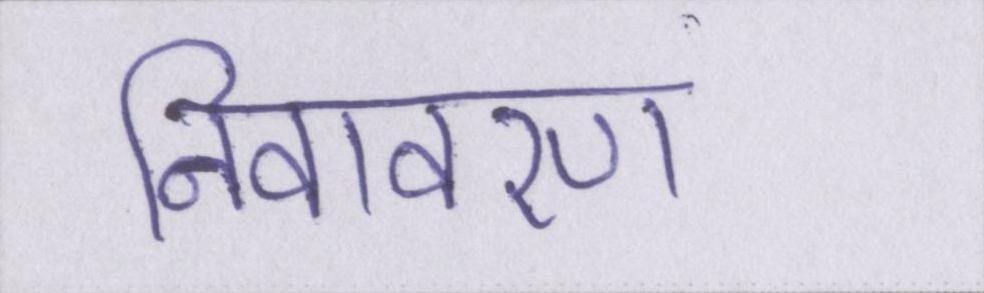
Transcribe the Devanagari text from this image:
निवावरण